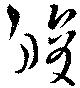
睃